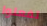
تفعلوا